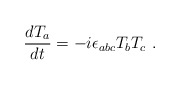
\begin{align*}\frac{dT_a}{dt}= -i\epsilon_{abc}T_b T_c~.\end{align*}